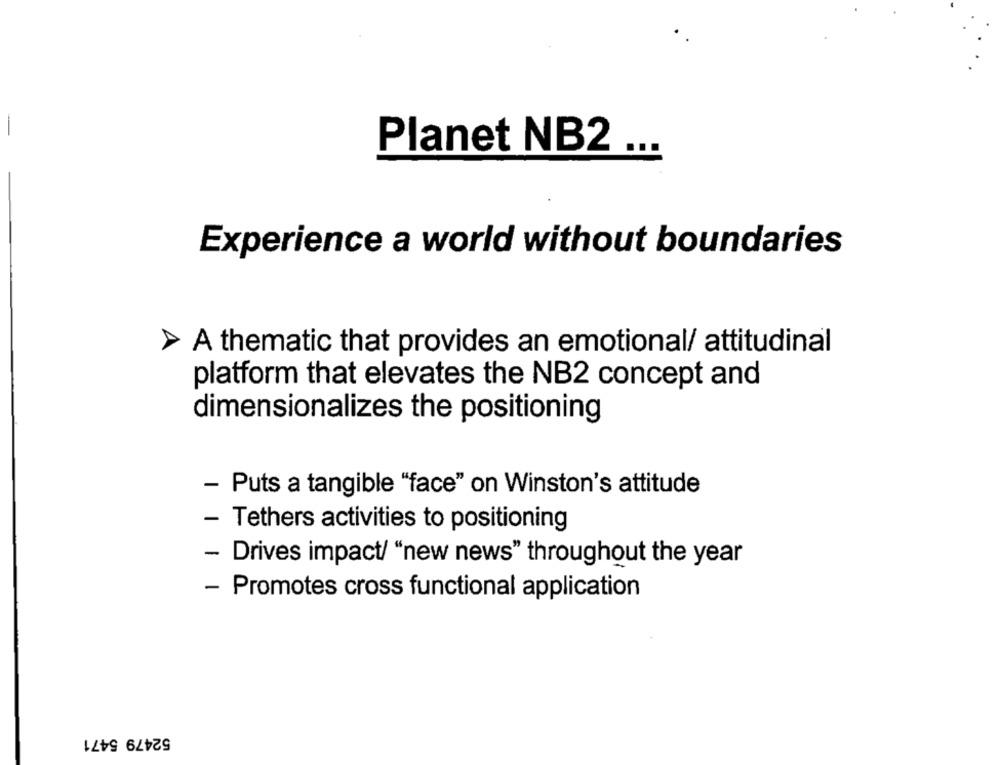
Planet NB2
...
Experience a world without boundaries
A thematic that provides an emotional/ attitudinal
platform that elevates the NB2 concept and
dimensionalizes the positioning
- Puts a tangible "face" on Winston's attitude
- Tethers activities to positioning
- Drives impact/ "new news" throughout the year
- Promotes cross functional application
52479 5471